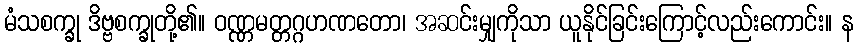
မံသစက္ခု ဒိဗ္ဗစက္ခုတို့၏။ ဝဏ္ဏမတ္တဂ္ဂဟဏတော၊ အဆင်းမျှကိုသာ ယူနိုင်ခြင်းကြောင့်လည်းကောင်း။ န